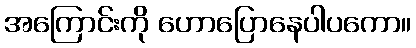
အကြောင်းကို ဟောပြောနေပါပကော။